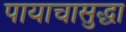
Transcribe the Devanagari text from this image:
पायाचासुद्धा